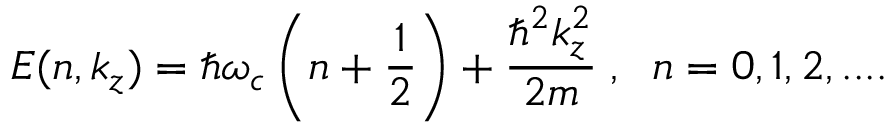
E ( n , k _ { z } ) = \hbar \omega _ { c } \left( n + \frac { 1 } { 2 } \right) + \frac { \hbar ^ { 2 } k _ { z } ^ { 2 } } { 2 m } \; , \; \; n = 0 , 1 , 2 , . . . .